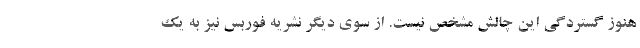
هنوز گستردگی این چالش مشخص نیست. از سوی دیگر نشریه فوربس نیز به یک